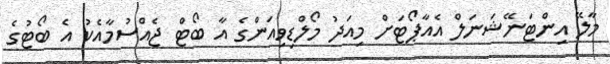
މާލޭ އިންޓަނޭޝަނަލް އެއާޕޯޓަށް މިއަދު މޯލްޑިވިއަންގެ އާ ބޯޓް ޖެއްސުމާއެކު އެ ބޯޓުގެ